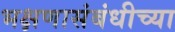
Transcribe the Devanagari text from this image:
भक्षणासंबंधीच्या